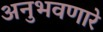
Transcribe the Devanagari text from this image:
अनुभवणारे